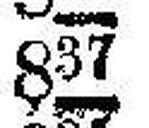
837